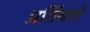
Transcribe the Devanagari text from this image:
प्रर्तिवर्तों